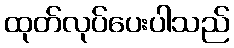
ထုတ်လုပ်ပေးပါသည်